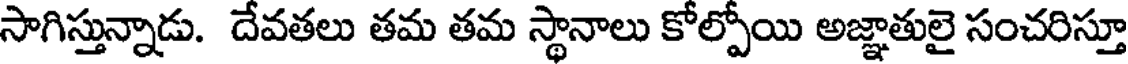
సాగిస్తున్నాడు. దేవతలు తమ తమ స్థానాలు కోల్పోయి అజ్ఞాతులై సంచరిస్తూ